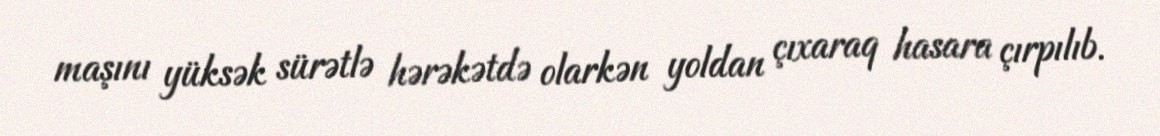
maşını yüksək sürətlə hərəkətdə olarkən yoldan çıxaraq hasara çırpılıb.